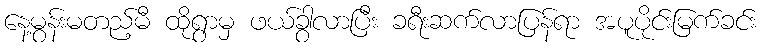
နေ့မွန်းမတည့်မီ ထိုရွာမှ ဖယ်ခွာလာပြီး ခရီးဆက်လာပြန်ရာ အပူပိုင်းမြက်ခင်း